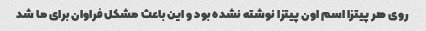
روی هر پیتزا اسم اون پیتزا نوشته نشده بود و این باعث مشکل فراوان برای ما شد